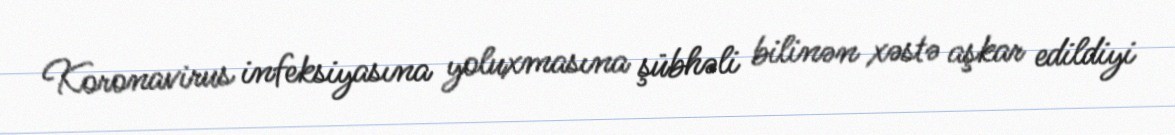
Koronavirus infeksiyasına yoluxmasına şübhəli bilinən xəstə aşkar edildiyi